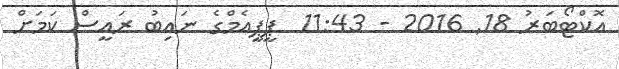
އޮކްޓޯބަރު 18